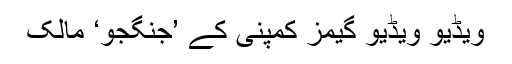
ویڈیو ویڈیو گیمز کمپنی کے ’جنگجو‘ مالک